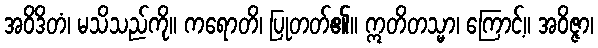
အဝိဒိတံ၊ မသိသည်ကို။ ကရောတိ၊ ပြုတတ်၏။ ဣတိတသ္မာ၊ ကြောင့်။ အဝိဇ္ဇာ၊